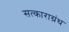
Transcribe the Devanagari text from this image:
सत्काराग्रंथ